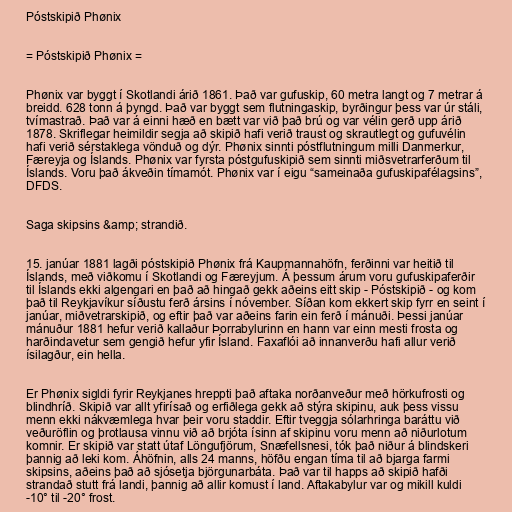
Póstskipið Phønix

= Póstskipið Phønix =

Phønix var byggt í Skotlandi árið 1861. Það var gufuskip, 60 metra langt og 7 metrar á
breidd. 628 tonn á þyngd. Það var byggt sem flutningaskip, byrðingur þess var úr stáli,
tvímastrað. Það var á einni hæð en bætt var við það brú og var vélin gerð upp árið
1878. Skriflegar heimildir segja að skipið hafi verið traust og skrautlegt og gufuvélin
hafi verið sérstaklega vönduð og dýr. Phønix sinnti póstflutningum milli Danmerkur,
Færeyja og Íslands. Phønix var fyrsta póstgufuskipið sem sinnti miðsvetrarferðum til
Íslands. Voru það ákveðin tímamót. Phønix var í eigu “sameinaða gufuskipafélagsins”,
DFDS.

Saga skipsins &amp; strandið.

15. janúar 1881 lagði póstskipið Phønix frá Kaupmannahöfn, ferðinni var heitið til
Íslands, með viðkomu í Skotlandi og Færeyjum. Á þessum árum voru gufuskipaferðir
til Íslands ekki algengari en það að hingað gekk aðeins eitt skip - Póstskipið - og kom
það til Reykjavíkur síðustu ferð ársins í nóvember. Síðan kom ekkert skip fyrr en seint í
janúar, miðvetrarskipið, og eftir það var aðeins farin ein ferð í mánuði. Þessi janúar
mánuður 1881 hefur verið kallaður Þorrabylurinn en hann var einn mesti frosta og
harðindavetur sem gengið hefur yfir Ísland. Faxaflói að innanverðu hafi allur verið
ísilagður, ein hella.

Er Phønix sigldi fyrir Reykjanes hreppti það aftaka norðanveður með hörkufrosti og
blindhríð. Skipið var allt yfirísað og erfiðlega gekk að stýra skipinu, auk þess vissu
menn ekki nákvæmlega hvar þeir voru staddir. Eftir tveggja sólarhringa baráttu við
veðuröflin og þrotlausa vinnu við að brjóta ísinn af skipinu voru menn að niðurlotum
komnir. Er skipið var statt útaf Löngufjörum, Snæfellsnesi, tók það niður á blindskeri
þannig að leki kom. Áhöfnin, alls 24 manns, höfðu engan tíma til að bjarga farmi
skipsins, aðeins það að sjósetja björgunarbáta. Það var til happs að skipið hafði
strandað stutt frá landi, þannig að allir komust í land. Aftakabylur var og mikill kuldi
-10° til -20° frost.